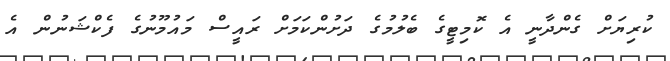
ކުރިޔަށް ގެންދާނީ އެ ކޮމިޓީގެ ބެލުމުގެ ދަށުންކަމަށް ރައީސް މައުމޫނުގެ ފެކްޝަނުން އެ